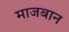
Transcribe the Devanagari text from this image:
माजबान